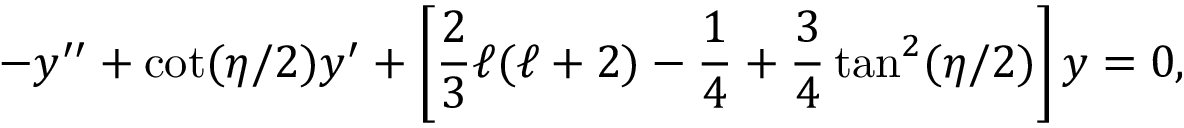
- y ^ { \prime \prime } + \cot ( \eta / 2 ) y ^ { \prime } + \left[ \frac { 2 } { 3 } \ell ( \ell + 2 ) - \frac { 1 } { 4 } + \frac { 3 } { 4 } \tan ^ { 2 } ( \eta / 2 ) \right] y = 0 ,